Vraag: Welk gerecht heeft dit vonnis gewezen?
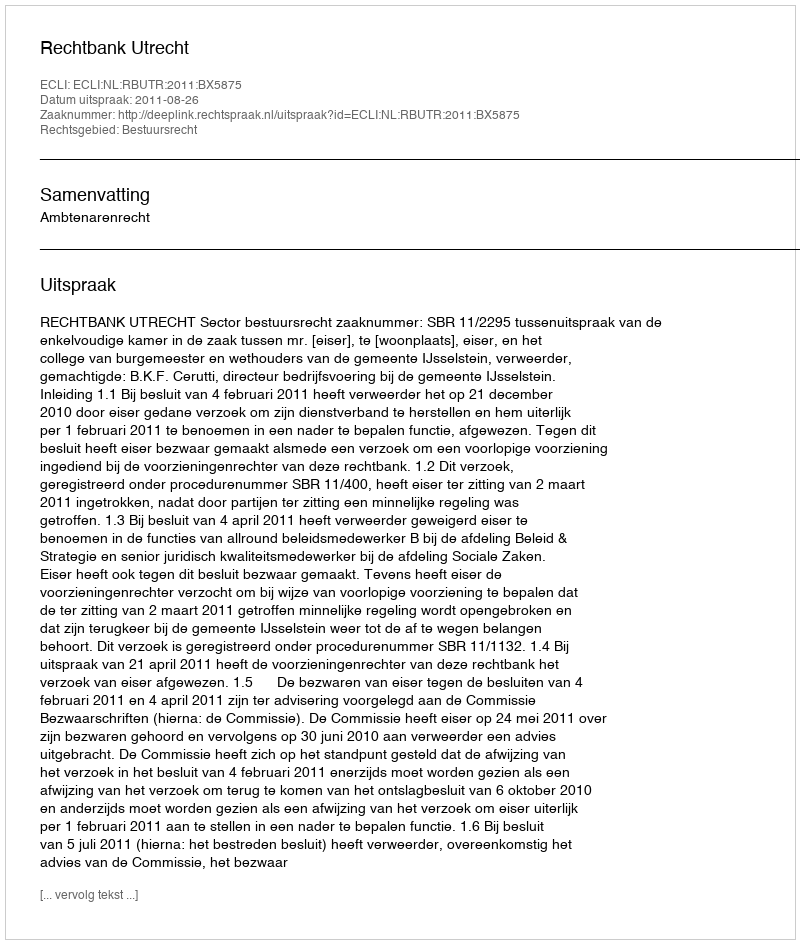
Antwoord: Rechtbank Utrecht